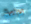
براءة